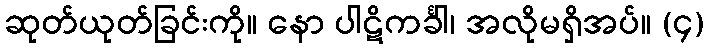
ဆုတ်ယုတ်ခြင်းကို။ နော ပါဋိကင်္ခါ၊ အလိုမရှိအပ်။ (၄)